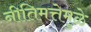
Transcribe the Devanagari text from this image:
नीतिमत्तेमुळे